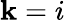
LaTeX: \mathbf{k}=i